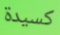
كسيدة